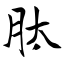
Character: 肽